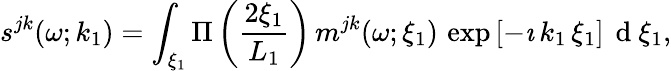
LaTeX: s^{jk}(\omega;k_{1})=\int_{\xi_{1}}\Pi\left(\frac{2\xi_{1}}{L_{1}}\right)\, m^{jk}(\omega;\xi_{1})\, \exp{[-\imath\, k_{1}\, \xi_{1}]}\, \mathrm{~d~}\xi_{1},